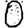
Digit: 0